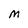
Character: m